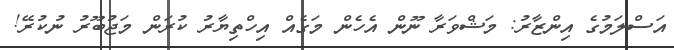
އަސްލަމުގެ އިންޒާރު: މަޝްވަރާ ނޫން އެެހެން މަގެއް އިހްތިޔާރު ކުރަން މަޖުބޫރު ނުކުރޭ!